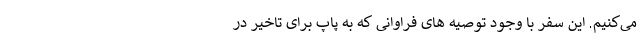
می‌کنیم. این سفر با وجود توصیه های فراوانی که به پاپ برای تاخیر در